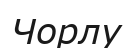
Чорлу